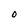
Character: O